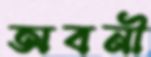
অবনী